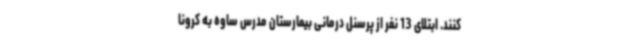
کنند. ابتلای 13 نفر از پرسنل درمانی بیمارستان مدرس ساوه به کرونا